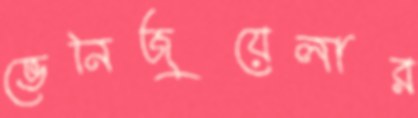
ভেনিজুয়েলার